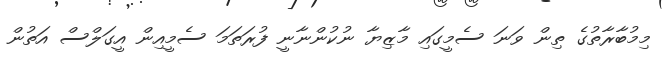
މިމުބާރާތުގެ ތިން ވަނަ ސެމީގައި މާޒިޔާ ނުކުންނާނީ ފުރަތަމަ ސެމީއިން އީގަލްސް އަތުން